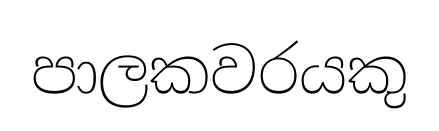
පාලකවරයකු